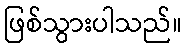
ဖြစ်သွားပါသည်။